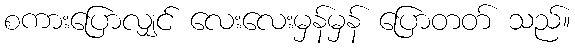
စကားပြောလျှင် လေးလေးမှန်မှန် ပြောတတ် သည်။